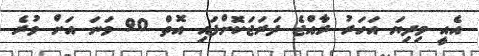
އެއީ މިދިޔަ އަހަރު ރާއްޖެ ދަރަޖަކޮށްފައި އޮތް 90 ވަނަ އަށް ވުރެ